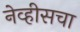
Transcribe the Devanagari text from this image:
नेव्हीसचा